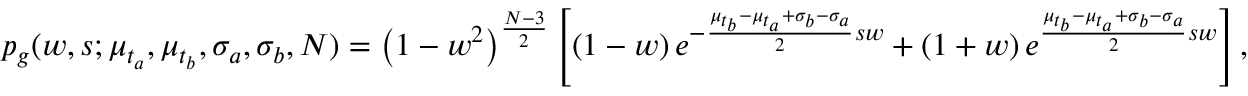
p _ { g } ( w , s ; \mu _ { t _ { a } } , \mu _ { t _ { b } } , \sigma _ { a } , \sigma _ { b } , N ) = \left( 1 - w ^ { 2 } \right) ^ { \frac { N - 3 } { 2 } } \left[ \left( 1 - w \right) e ^ { - \frac { \mu _ { t _ { b } } - \mu _ { t _ { a } } + \sigma _ { b } - \sigma _ { a } } { 2 } s w } + \left( 1 + w \right) e ^ { \frac { \mu _ { t _ { b } } - \mu _ { t _ { a } } + \sigma _ { b } - \sigma _ { a } } { 2 } s w } \right] ,